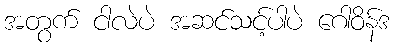
အတွက် ငါလဲပဲ အဆင်သင့်ပါပဲ ဂေါဝိန်ဒ